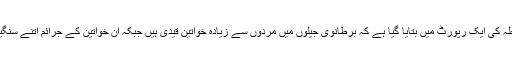
وزارت داخلہ کی ایک رپورٹ میں بتایا گیا ہے کہ برطانوی جیلوں میں مردوں سے زیادہ خواتین قیدی ہیں جبکہ ان خواتین کے جرائم اتنے سنگین نہیں ہیں۔